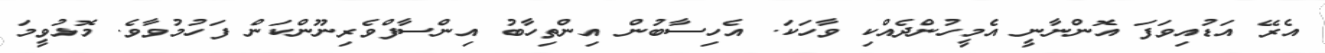
އެރޭ އަޑުއިވަފަ އޮންނާނީ އެމީހުންދެއްކި ވާހަކަ. އެހިސާބުން އިންތިހާބު އިންސާފްވެރިނޫންކަން ފަހުމުވާވެ. މޮޅުވީމަ